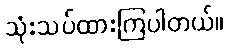
သုံးသပ်ထားကြပါတယ်။